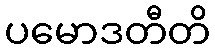
ပမောဒတီတိ